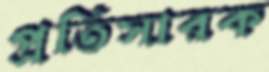
প্রতিসারক